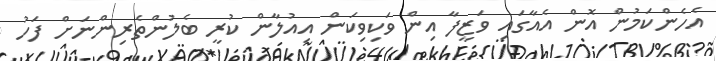
އެހެންކަމުން އޮން އެއާގައި ވަޒީފާ އިން ވަކިވިކަން އިއުލާން ކުރީ ބެލުންތެރިންނަށް ފަހު